Report of the Indian Hemp Drugs Commission, 1894-1895 - Volume III
Year: 1894
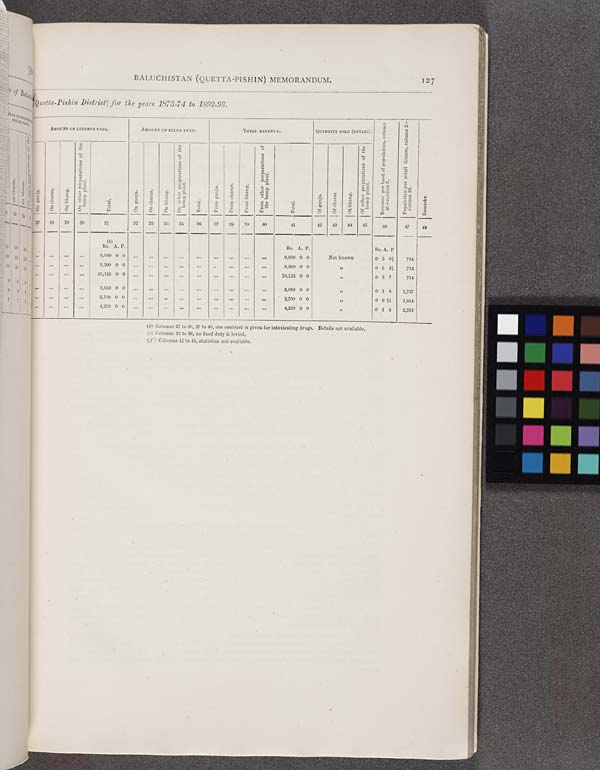
BALUCHISTAN (QUETTA-PISHIN) MEMORANDUM.
127
Quetta-Pishin District) for the years 1873-74 to 1892-93.
AMOUNT OF LICENSES FEES.
Amount OF FIXED DUTY.
TOTAL REVENUE.
QUANTITY SOLD (RETAIL).
Revenue per head of population, column
41 ¸ column 2.
Population per retail license, column 2¸
column 26.
Remarks.
On
ganja.
1
On charas.
On bhang;.
On other preparations of the.
hemp plant.
Total.
On ganja.
On charas.
On bhang.
On other her preparations of the
hemp plant.
Total.
From ganja.
From charas.
From bhang.
From other preparations of
the hemp plant.
Total.
Of ganja.
Of charas.
Of bhang.
Of other preparations of the
hemp plant.
Revenue per head of population, column
41 ¸ column 2.
Population per retail license, column 2¸
column 26.
Remarks.
28
29
90
31
32
33
34
35
36
37
38
39
40
41
42
43
44
45
46
47
48
(b)
Rs. A. P.
Rs. A. P.
Rs. A. P.
9,000 0 0
9,000 0 0
Not known.
0 5 01/3
734
9,300 0 0
9,300 0 0
0 5 21/3
734
10,125 0 0
10,125 0 0
0 5 7
734
5,050 0 0
5,050 0 0
0 1 8
1,737
2,700 0 0
2,700 0 0
0 0 11
1,954
4,250 0 0
4,250 0 0
0 1 5
2,233
(d) Columns 27 to 30, 37 to 40, one contract is given for intoxicating drugs. Details not available.
(c) Columns 32 to 36, no fixed duty is levied.
(f) Columns 42 to 45, statistics not available.